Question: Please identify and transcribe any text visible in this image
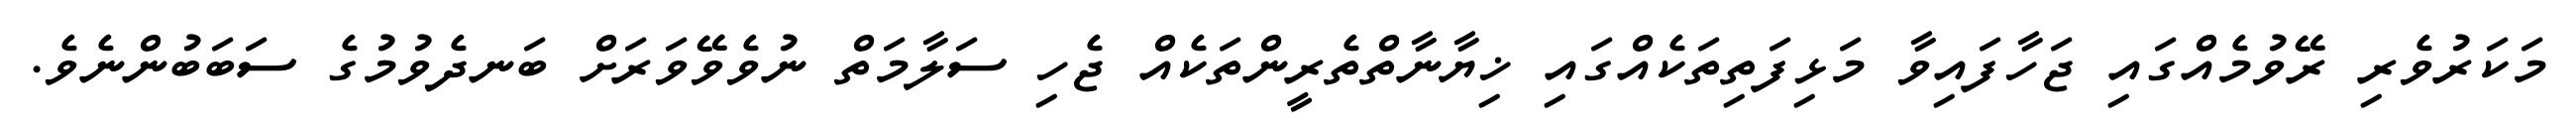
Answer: މަކަރުވެރި ރޭވުމެއްގައި ޖަހާފައިވާ މަޅިފަތިތަކެއްގައި ޚިޔާނާތްތެރީންތަކެއް ޖެހި ސަލާމަތް ނުވެވޭވަރަށް ބަނދެވުމުގެ ސަބަބުންނެވެ.